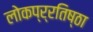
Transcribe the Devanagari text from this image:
लोकप्र्रतिष्ठा